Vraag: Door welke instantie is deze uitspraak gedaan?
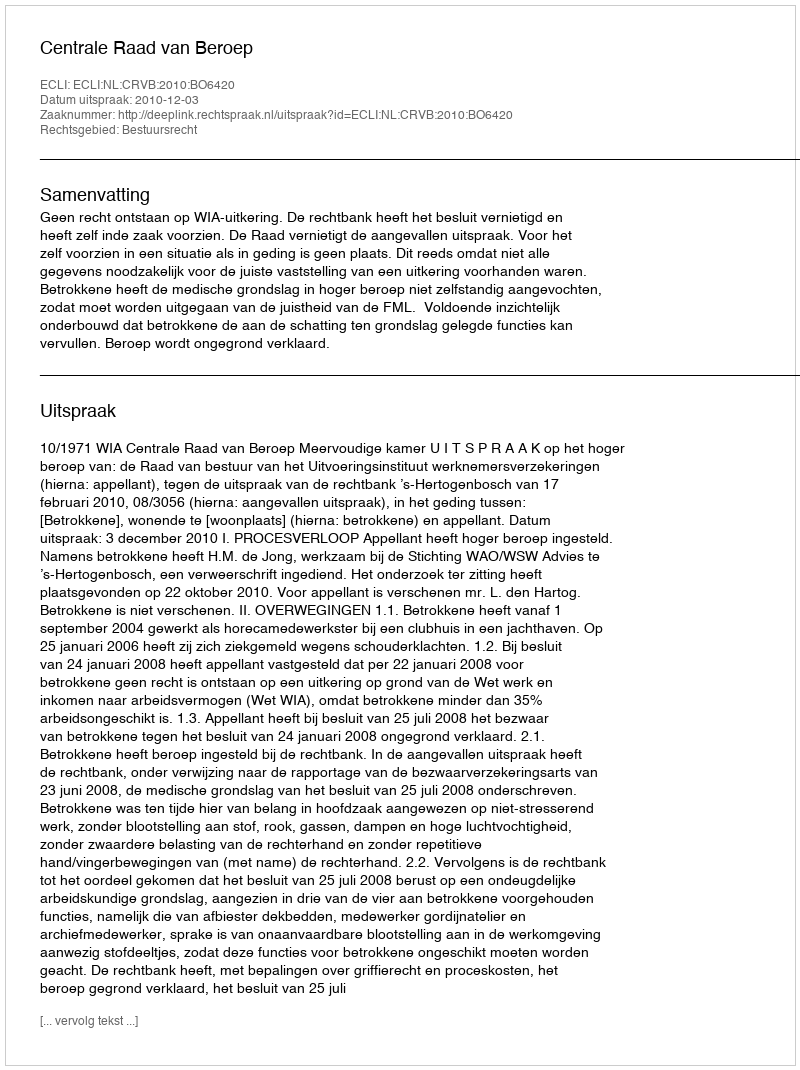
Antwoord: Centrale Raad van Beroep